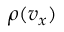
\rho ( v _ { x } )